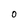
Character: 0